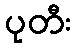
ပုတီး